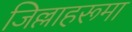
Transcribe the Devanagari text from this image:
जिल्लाहरूमा